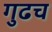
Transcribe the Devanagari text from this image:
गुढच